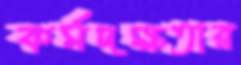
কর্মদক্ষতার